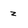
Character: z